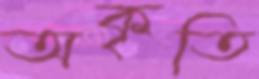
অকৃতি